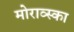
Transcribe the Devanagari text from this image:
मोराव्स्का